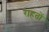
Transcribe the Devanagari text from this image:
राहतों